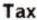
TAX